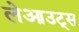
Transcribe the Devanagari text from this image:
लेआउट्स